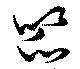
笊